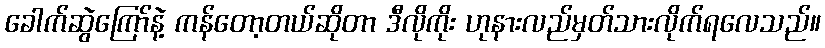
ခေါက်ဆွဲကြော်နဲ့ ကန်တော့တယ်ဆိုတာ ဒီလိုကိုး ဟုနားလည်မှတ်သားလိုက်ရလေသည်။